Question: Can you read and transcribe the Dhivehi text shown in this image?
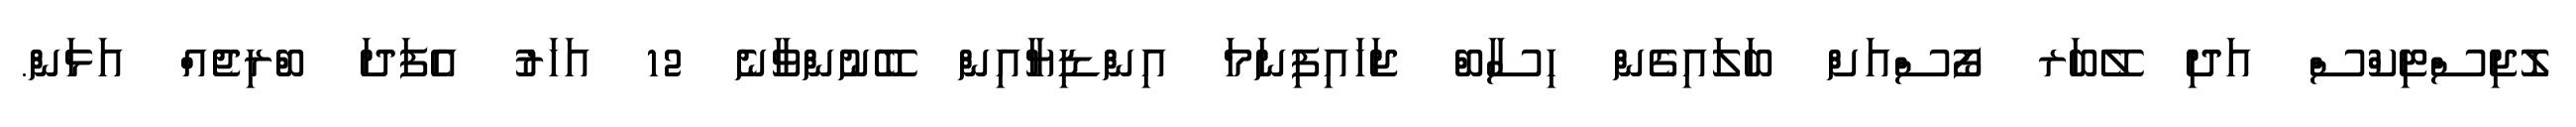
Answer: ލޮޖިސްޓިކްސް އަދި ލޭބަރ ފޯސްއަށް ބަލައިގެން ހިސާބް ޖަހައިފިނަމަ އިންޑިޔާއިން ބޭނުންވާނެ 12 އަހަރު އެފަދަ ބްރިޖެއް އަޅަން.